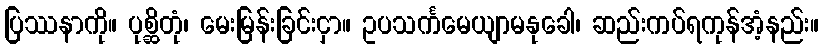
ပြဿနာကို။ ပုစ္ဆိတုံ၊ မေးမြန်းခြင်းငှာ။ ဥပသင်္ကမေယျာမနုခေါ၊ ဆည်းကပ်ရကုန်အံ့နည်း။